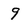
Character: 9